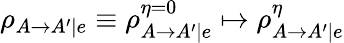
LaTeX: \rho_{A\rightarrow A^{\prime}|e}\equiv\rho_{A\rightarrow A^{\prime}|e}^{\eta=0}\mapsto\rho_{A\rightarrow A^{\prime}|e}^{\eta}